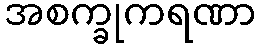
အစက္ခုကရဏာ